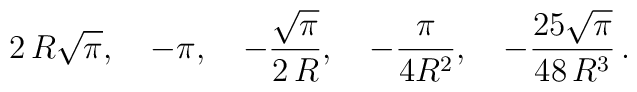
2\,R\sqrt\pi,\quad-\pi,\quad-\frac{\sqrt \pi}{2\,R},\quad-\frac{\pi}{4R^2},\quad-\frac{25\sqrt \pi}{48\,R^3}\,{.}